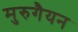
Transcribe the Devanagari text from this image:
मुरुगैयन